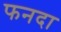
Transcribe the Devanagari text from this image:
फनदा